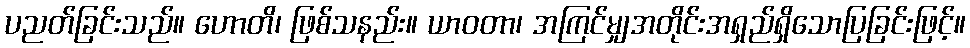
ပညတ်ခြင်းသည်။ ဟောတိ၊ ဖြစ်သနည်း။ ယာဝတာ၊ အကြင်မျှအတိုင်းအရှည်ရှိသောပြခြင်းဖြင့်။